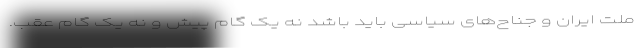
ملت ایران و جناح‌های سیاسی باید باشد نه یک گام پیش و نه یک گام عقب‌.